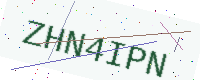
Text: ZHN4IPN